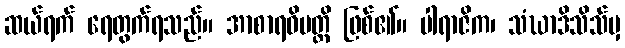
ဆယ်ရက် ရေတွက်ရသည်။ အာစာရဝိပတ္တိ ဖြစ်၏။ ပါရာဇိက၊ သံဃာဒိသိသ်မှ